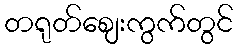
တရုတ်ဈေးကွက်တွင်